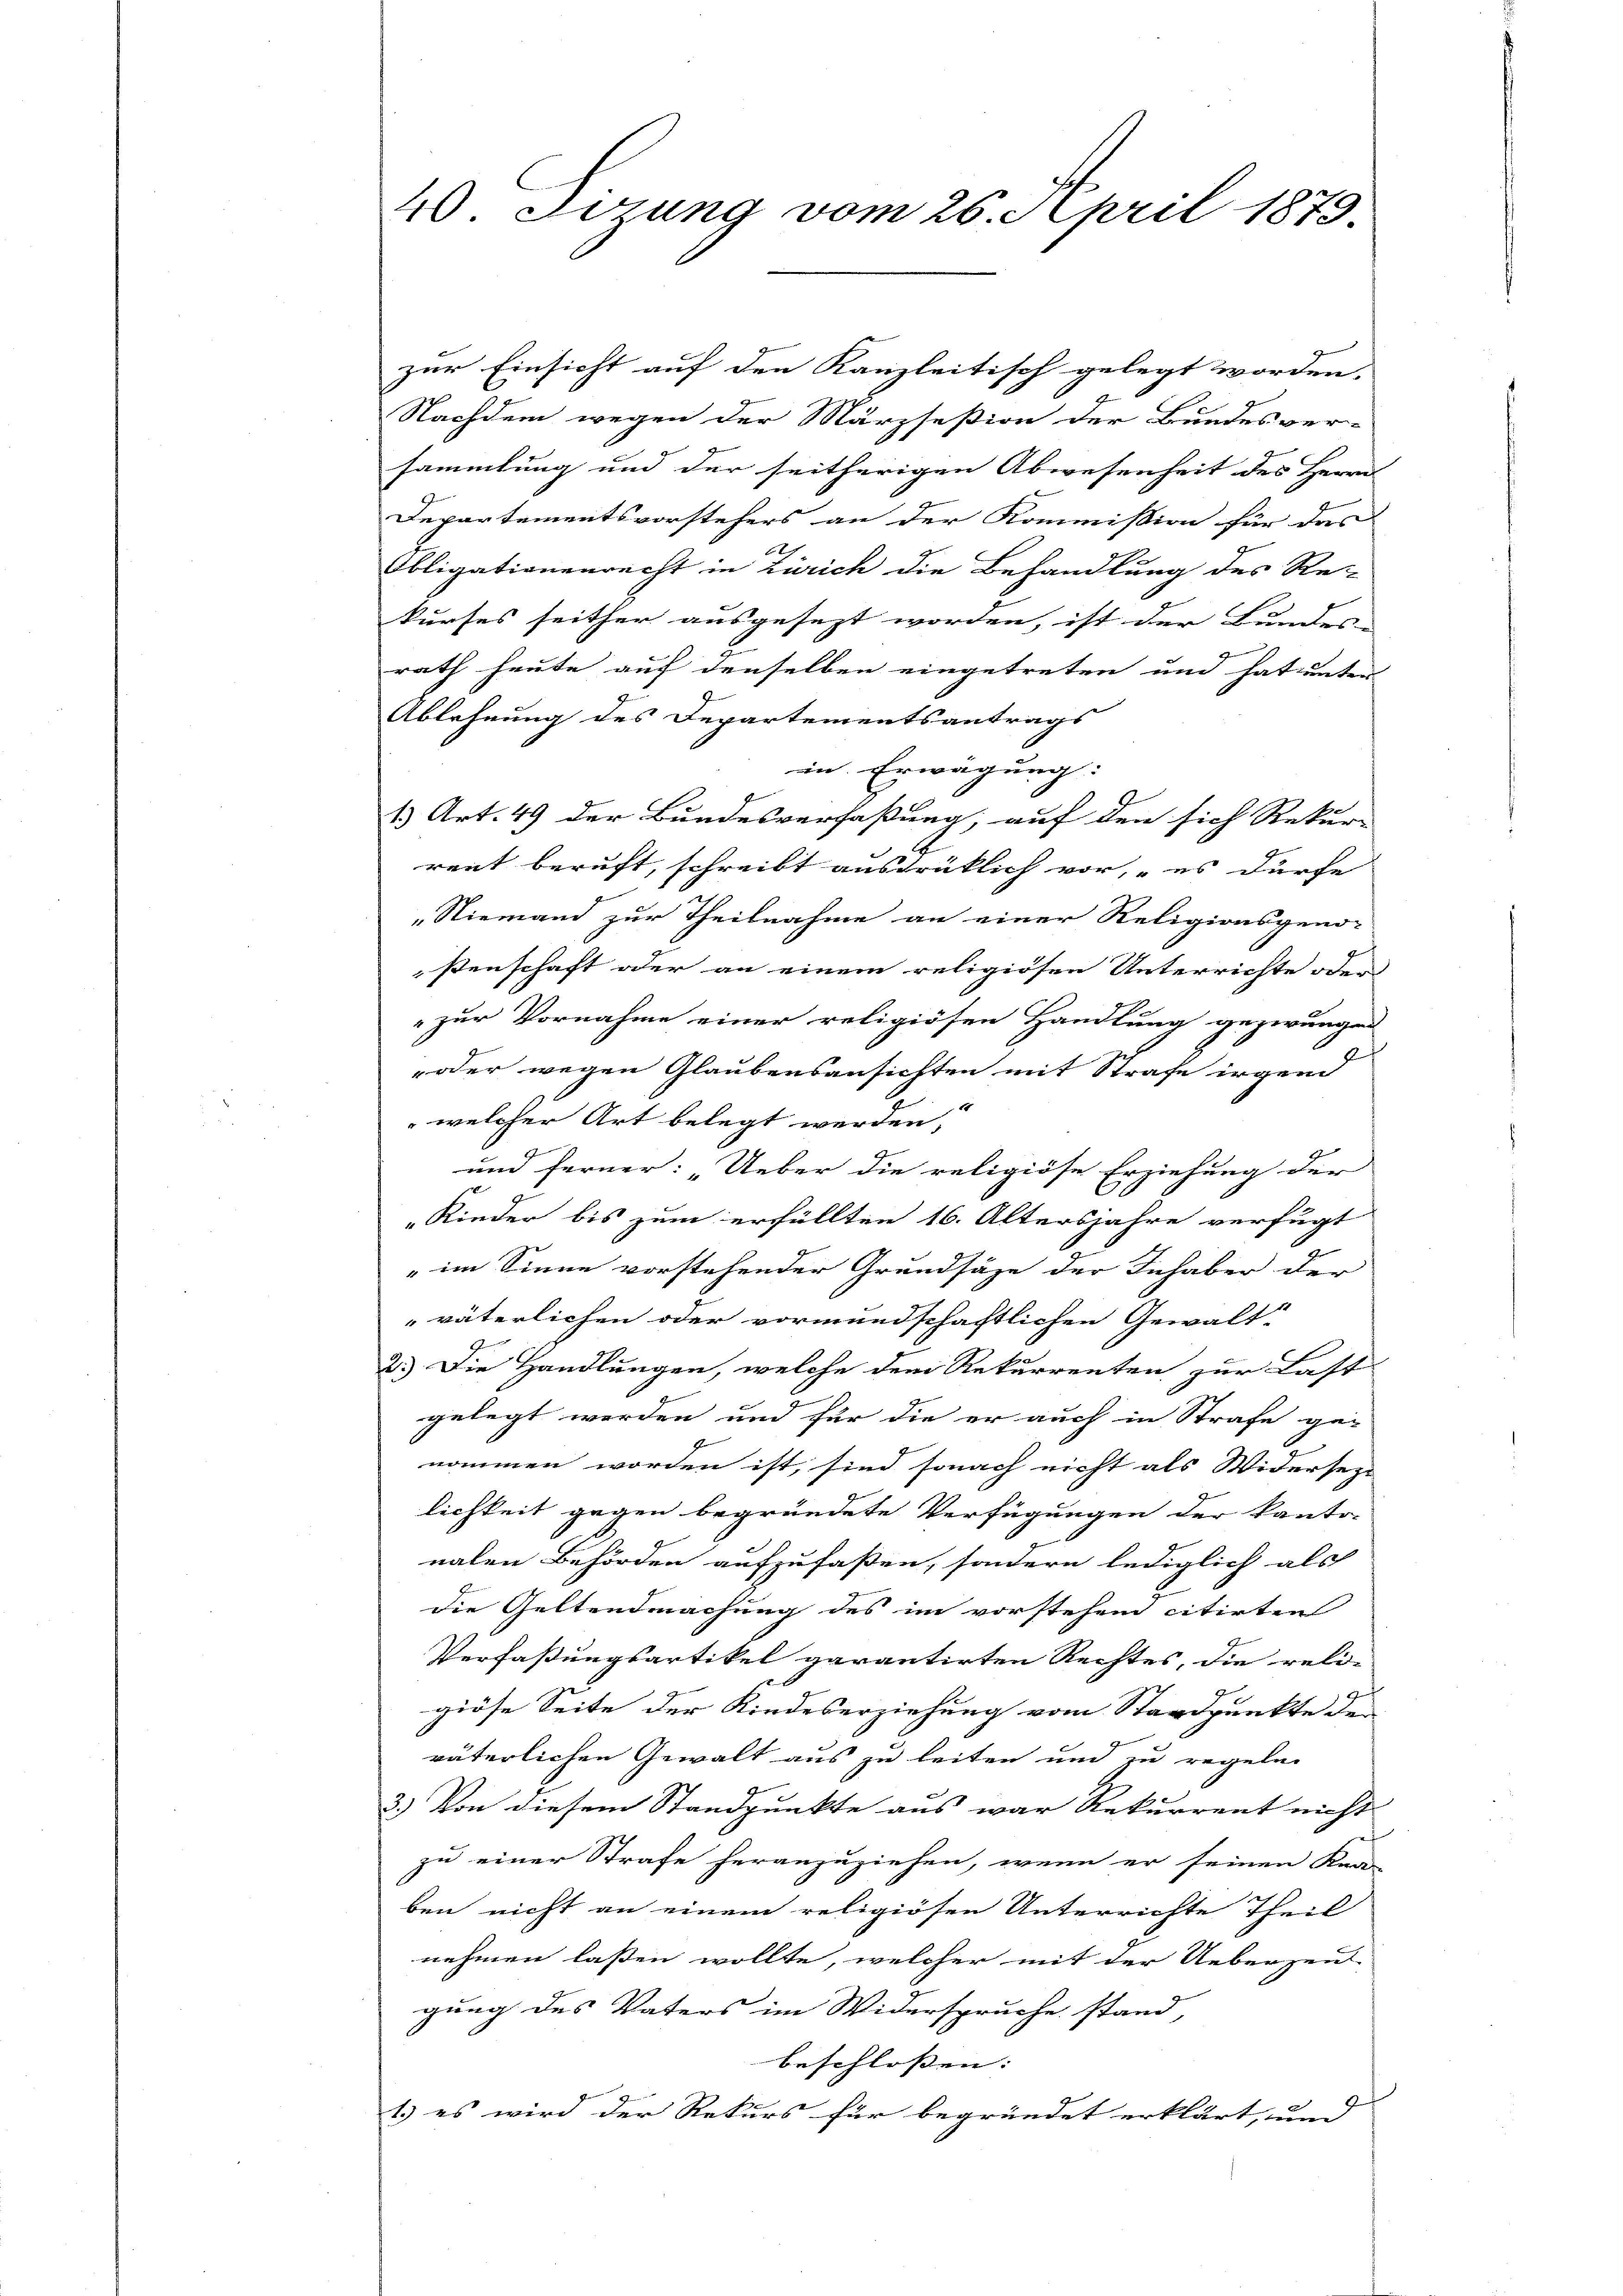
40 Errung vom 26. April 1879.

zur Einsicht auf den Kanzleitisch gelegt worden.
Nachdem wegen der Märzseßion der Bundesver-
sammlung und der seitherigen Abwesenheit des Herrn
Departementsvorstehers an der Kommission für das
.
Obligationenrecht in Zürich die Behandlung des Re-
kurses seither ausgesezt worden, ist der Bundes-
rath heute auf denselben eingetreten und hat unter
Ablehnung des Departementsantrags
in Erwägung:
1) Art. 49 der Bundesverfaßung, auf den sich Rekur-
rent beruft, schreibt ausdrüklich vor, „es dürfe
„Niemand zur Theilnahme an einer Religionsgeno-
ßenschaft oder an einem religiösen Unterrichte oder
"zur Vornahme einer religiösen Handlung gezwungen
oder wegen Glaubensansichten mit Strafe irgend
welcher Art belegt werden;
und ferner: „Ueber die religiöse Erziehung der
Rieder bis zum erfüllten 16. Altersjahre verfügt
" im Sinne vorstehender Grundsäze der Inhaber der
väterlichen oder vormundschaftlichen Gewalt-
2.) Die Handlungen, welche dem Rekurrenten zur Last
gelegt worden und für die er auch in Strafe genommen worden ist, sind sonach nicht als Widersezt
lichkeit gegen begründete Verfügungen der kanto-
nalen Behörden aufzufaßen, sondern lediglich als
die Geltendmachung des im vorstehend citirten
Verfaßungsartikel garantirten Rechtes, die reli-
giöse Seite der Kindeserziehung vom Standpunkte de
väterlichen Gewalt aus zu leiten und zu regeln
3.) Von diesem Standpunkte aus war Rekurrent nicht
zu einer Strafe heranzuziehen, wenn er seinen Kna-
ben nicht an einem religiösen Unterrichte Theil
nehmen lassen wollte, welcher mit der Ueberzei
gung des Vaters im Widerspruche stand,
beschlossen:
1) es wird der Rekurs für begründet erklärt, und